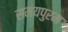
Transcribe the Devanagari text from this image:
समयपुरम